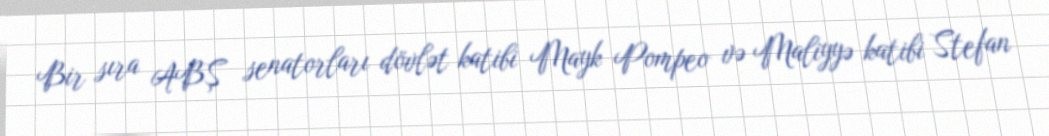
Bir sıra ABŞ senatorları dövlət katibi Mayk Pompeo və Maliyyə katibi Stefan